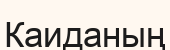
Каиданың